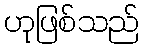
ဟုဖြစ်သည်